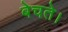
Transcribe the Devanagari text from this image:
बेचते।